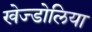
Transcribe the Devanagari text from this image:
खेज्डोलिया